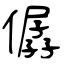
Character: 僝